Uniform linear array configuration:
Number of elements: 8
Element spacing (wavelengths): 0.5
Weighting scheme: binomial
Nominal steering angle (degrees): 0
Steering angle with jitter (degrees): -1.029
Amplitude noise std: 0.05
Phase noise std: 0.05

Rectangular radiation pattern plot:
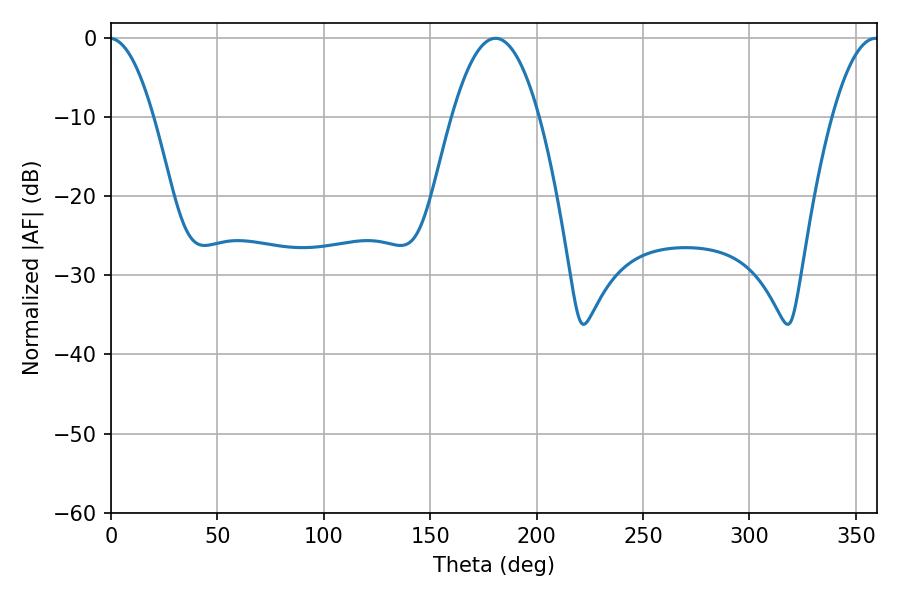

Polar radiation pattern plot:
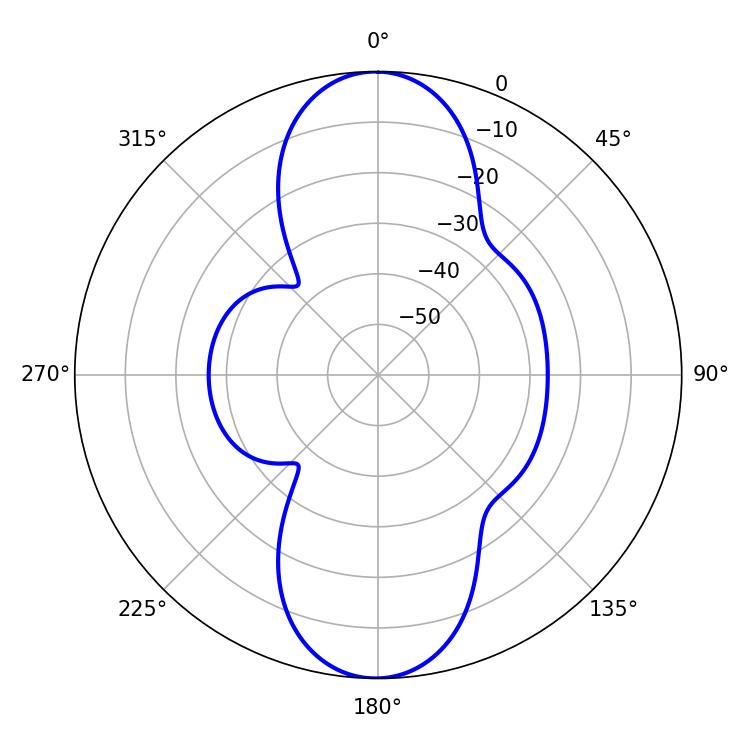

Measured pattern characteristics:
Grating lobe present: FALSE
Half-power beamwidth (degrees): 22.5
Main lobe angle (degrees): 180.72